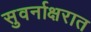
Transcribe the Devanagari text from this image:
सुवर्नाक्षरात